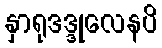
နှာရုဒဒ္ဒုလေနပိ